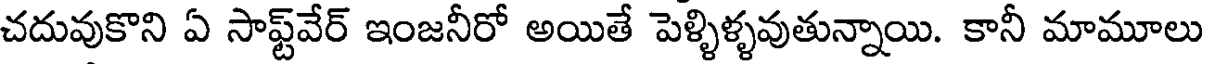
చదువుకొని ఏ సాఫ్ట్వేర్ ఇంజనీరో అయితే పెళ్ళిళ్ళవుతున్నాయి. కానీ మామూలు